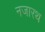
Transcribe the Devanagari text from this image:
नजारथ